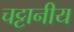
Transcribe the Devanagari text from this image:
चट्टानीय